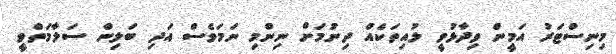
މިނިސްޓަރު އަމީން ވިދާޅުވީ ލުއިތަކެއް ދިނުމަށް ނިންމި ނަމަވެސް އަދި ބަލިން ސަލާމަތްވީ